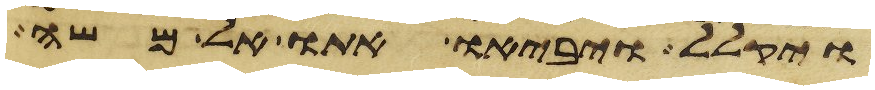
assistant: ויקלל ויביאו אתו אל משה